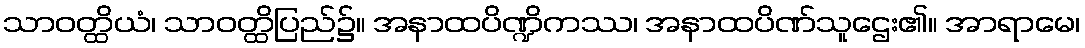
သာဝတ္ထိယံ၊ သာဝတ္ထိပြည်၌။ အနာထပိဏ္ဍိကဿ၊ အနာထပိဏ်သူဌေး၏။ အာရာမေ၊